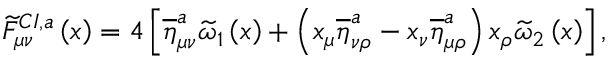
\widetilde { F } _ { \mu \nu } ^ { C I , a } \left( x \right) = 4 \left[ \overline { { { \eta } } } _ { \mu \nu } ^ { a } \widetilde { \omega } _ { 1 } \left( x \right) + \left( x _ { \mu } \overline { { { \eta } } } _ { \nu \rho } ^ { a } - x _ { \nu } \overline { { { \eta } } } _ { \mu \rho } ^ { a } \right) x _ { \rho } \widetilde { \omega } _ { 2 } \left( x \right) \right] ,